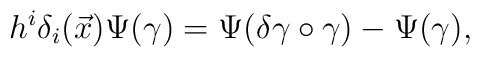
h^i\delta_i(\vec x)\Psi(\gamma)=\Psi(\delta\gamma\circ\gamma)-\Psi(\gamma),